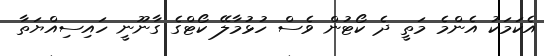
އެކަމަކު އެންމެ މަތީ ދެ ކޯޓުން ވެސް ހުޅުމާލޭ ކޯޓްގެ ގާނޫނީ ހައިސިއްޔަތާ